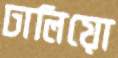
ঢালিয়ো